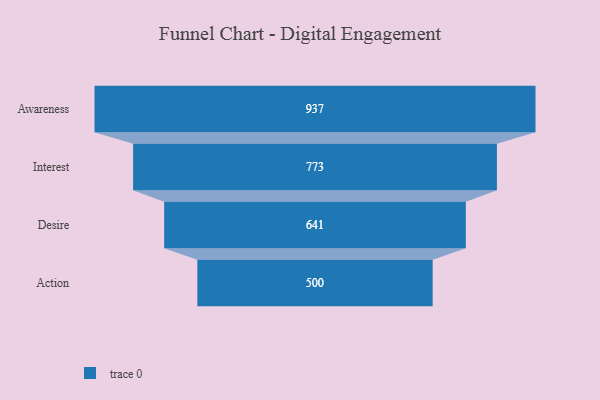
{"axis": {"x": "Stage", "y": "Value"}, "legend": [""], "data": [{"x": "Awareness", "y": 937.0, "type": ""}, {"x": "Interest", "y": 773.0, "type": ""}, {"x": "Desire", "y": 641.0, "type": ""}, {"x": "Action", "y": 500, "type": ""}]}